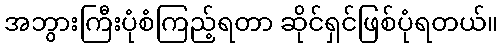
အဘွားကြီးပုံစံကြည့်ရတာ ဆိုင်ရှင်ဖြစ်ပုံရတယ်။